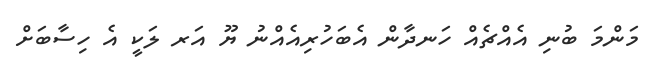
މަންމަ ބުނި އެއްޗެއް ހަނދާން އެބަހުރިއެއްނު ޔޫ އަރ ލަކީ އެ ހިސާބަށް